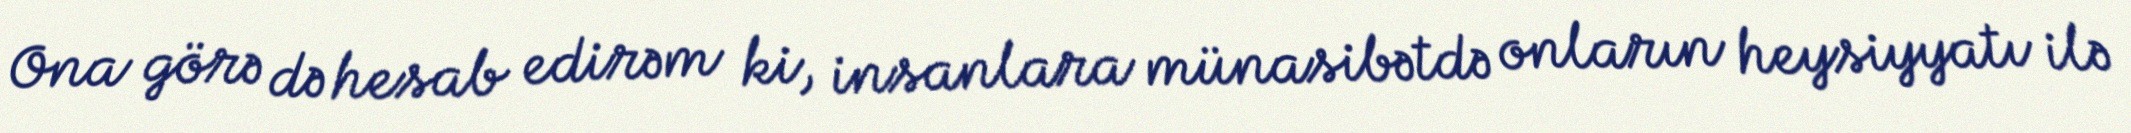
Ona görə də hesab edirəm ki, insanlara münasibətdə onların heysiyyatı ilə